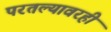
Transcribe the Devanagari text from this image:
परतल्यावरही